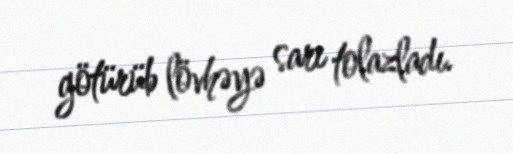
götürüb lövhəyə sarı tolazladı.